Lunatic asylums in Bengal annual reports 1912-1924 - 1912-1924
Year: 1912
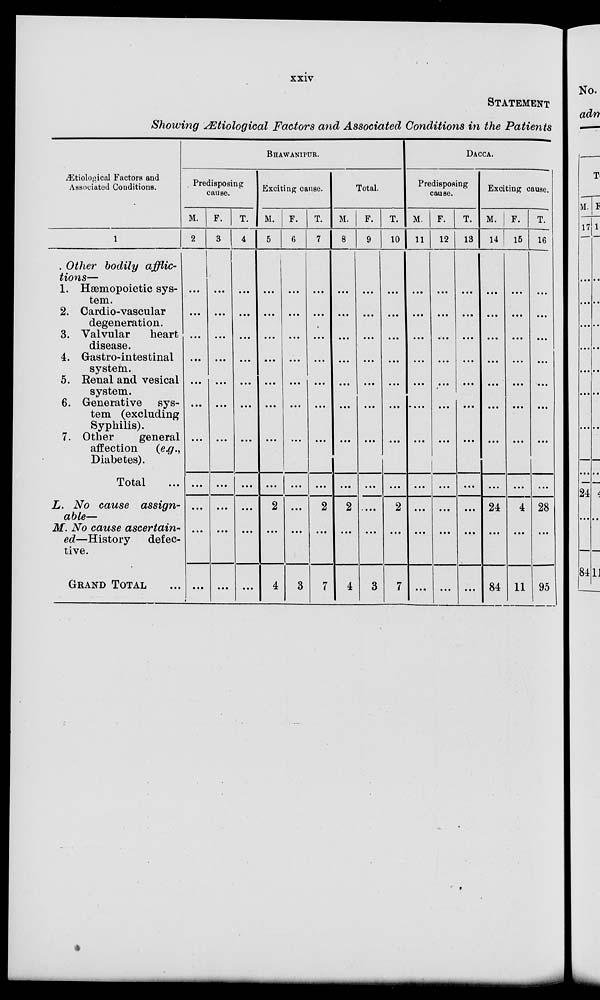
xxiv
STATEMENT
Showing Ætiological Factors and Associated Conditions in the Patients
Ætiological Factors and
Associated Conditions.
1
Other bodily afflic-
tions—
1. Hæmopoietic sys-
tem.
2. Cardio- vascular
degeneration.
3. Valvular
heart
disease.
4. Gastro-intestinal
system.
5. Renal and vesical
system.
6. Generative sys-
tem (excluding
Syphilis).
7. Other
general
affection
(e.g.,
Diabetes).
Total ...
L. No cause assign-
able—
M. No cause ascertain¬
ed—History
defec-
tive.
GRAND TOTAL
BHAWANIPUR.
Predisposing
cause.
M.
2
...
...
...
...
...
...
...
...
...
...
...
F.
3
...
...
...
...
...
...
...
...
...
...
...
T.
4
...
...
...
...
...
...
...
...
...
...
...
Exciting cause.
M.
5
...
...
...
...
...
...
...
...
2
...
4
F.
6
...
...
...
...
...
...
...
...
...
...
3
T.
7
...
...
...
...
...
...
...
...
2
...
7
Total.
M.
8
...
...
...
...
...
...
...
...
2
...
4
F.
9
...
...
...
...
...
...
...
...
...
...
3
T.
10
...
...
...
...
...
...
...
...
2
...
7
DACCA.
Predisposing
cause.
M.
11
...
...
...
...
...
...
...
...
...
...
...
F.
12
...
...
...
...
...
...
...
...
...
...
...
T.
13
...
...
...
...
...
...
...
...
...
...
...
Exciting cause.
M.
14
...
...
...
...
...
...
...
...
24
...
84
F.
15
...
...
...
...
...
...
...
...
4
...
11
T.
16
...
...
...
...
...
...
...
...
28
...
95